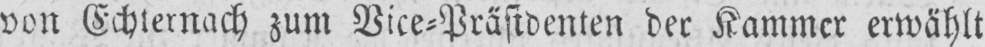
von Echternach zum Vice⸗Präsidenten der Kammer erwählt